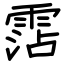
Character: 霑